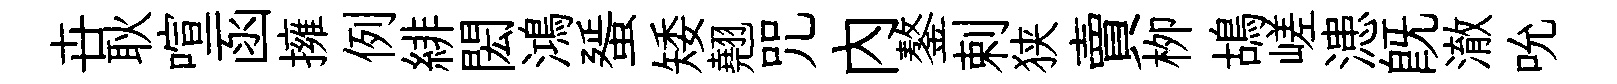
卋耿喧函擁例緋閎鴻蜑矮翹咒内鏊剌狭賣栁鴣嵯漶既澈吮